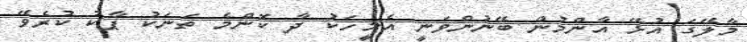
މާލޭގަ އުޅޭ އާންމުން ބޭނުންވަނީ އެމީހަކު ދާ ކޮންމެ ތަނަކު ޕާކު ކުރެވޭ